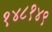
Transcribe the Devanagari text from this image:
१४८१४९